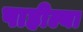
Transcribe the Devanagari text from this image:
पाहील्या